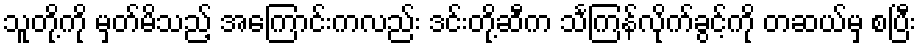
သူတို့ကို မှတ်မိသည့် အကြောင်းကလည်း ဒင်းတို့ဆီက သင်္ကြန်လိုက်ခွင့်ကို တဆယ်မှ စပြီး